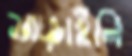
মাড়াইলি